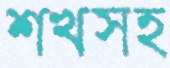
শখসহ